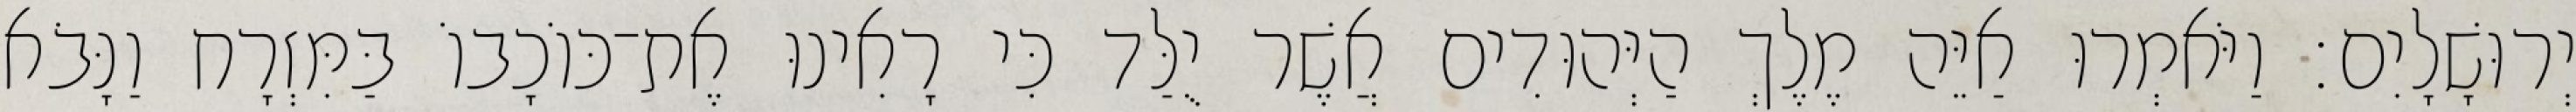
יְרוּשָׁלָיִם׃ וַיֹּאמְרוּ אַיֵּה מֶלֶךְ הַיְּהוּדִים אֲשֶׁר יֻלַּד כִּי רָאִינוּ אֶת־כּוֹכָבוֹ בַּמִּזְרָח וַנָּבֹא